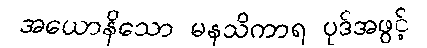
အယောနိသော မနသိကာရ ပုဒ်အဖွင့်